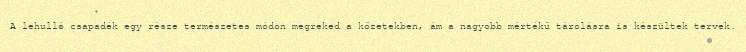
A lehulló csapadék egy része természetes módon megreked a kőzetekben, ám a nagyobb mértékű tárolásra is készültek tervek.